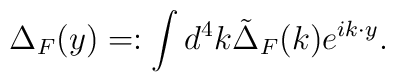
\Delta_F(y)=:\int d^4k \tilde{\Delta}_F(k)e^{ik\cdot y}.